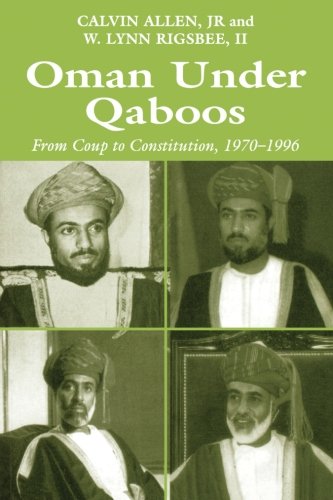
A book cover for Oman Under Qaboos: From Coup to Constitution, 1970-1996; Calvin H. Allen; History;